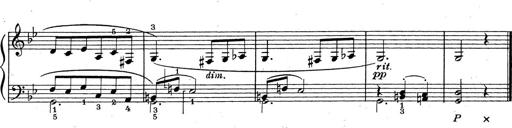
Title: ÄŒeskÃ© Sonatiny
Composer: Various